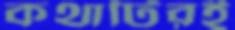
কথাটিরই